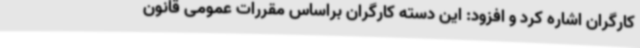
کارگران اشاره کرد و افزود: این دسته کارگران براساس مقررات عمومی قانون